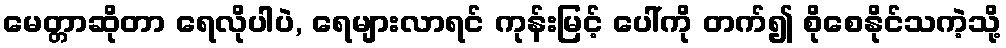
မေတ္တာဆိုတာ ရေလိုပါပဲ, ရေများလာရင် ကုန်းမြင့် ပေါ်ကို တက်၍ စိုစေနိုင်သကဲ့သို့